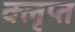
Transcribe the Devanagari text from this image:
क्लृप्त